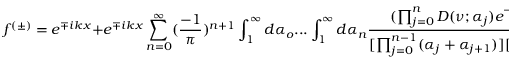
f ^ { ( \pm ) } = e ^ { \mp i k x } + e ^ { \mp i k x } \sum _ { n = 0 } ^ { \infty } ( \frac { - 1 } { \pi } ) ^ { n + 1 } \int _ { 1 } ^ { \infty } d \alpha _ { o } . . . \int _ { 1 } ^ { \infty } d \alpha _ { n } \frac { ( \prod _ { j = 0 } ^ { n } D ( \nu ; \alpha _ { j } ) e ^ { - 2 \alpha _ { j } x } ) } { [ \prod _ { j = 0 } ^ { n - 1 } ( \alpha _ { j } + \alpha _ { j + 1 } ) ] [ \alpha _ { o } \pm i k ] }